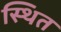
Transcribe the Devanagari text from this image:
स्थित